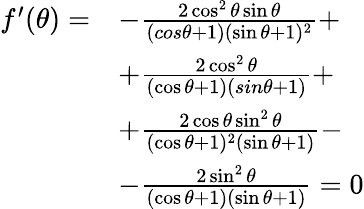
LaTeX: \begin{array}{rl}{f^{\prime}(\theta)=}&{-\frac{2\cos^{2}\theta\sin\theta}{(cos\theta+1)(\sin\theta+1)^{2}}+}\\ &{+\frac{2\cos^{2}\theta}{(\cos\theta+1)(sin\theta+1)}+}\\ &{+\frac{2\cos\theta\sin^{2}\theta}{(\cos\theta+1)^{2}(\sin\theta+1)}-}\\ &{-\frac{2\sin^{2}\theta}{(\cos\theta+1)(\sin\theta+1)}=0}\end{array}